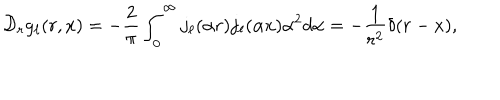
LaTeX: { \cal D } _ { r } g _ { \ell } ( r , x ) = - \frac { 2 } { \pi } \int _ { 0 } ^ { \infty } j _ { \ell } ( { \alpha } r ) j _ { \ell } ( { \alpha } x ) { \alpha } ^ { 2 } d { \alpha } = - \frac { 1 } { r ^ { 2 } } { \delta } ( r - x ) ,